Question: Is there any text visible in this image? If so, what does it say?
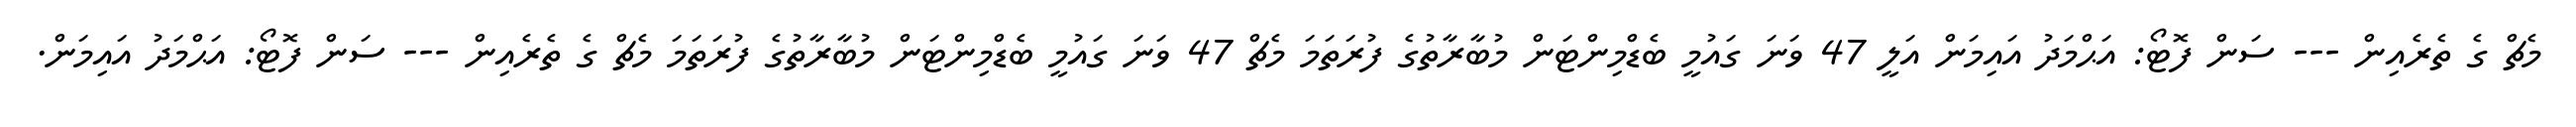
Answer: މެޗް ގެ ތެރެއިން --- ސަން ފޮޓޯ: އަޙްމަދު އައިމަން އަލީ 47 ވަނަ ގައުމީ ބެޑްމިންޓަން މުބާރާތުގެ ފުރަތަމަ މެޗް 47 ވަނަ ގައުމީ ބެޑްމިންޓަން މުބާރާތުގެ ފުރަތަމަ މެޗް ގެ ތެރެއިން --- ސަން ފޮޓޯ: އަޙްމަދު އައިމަން.